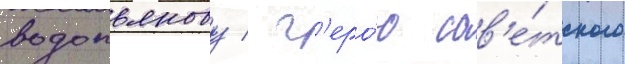
водопьянову / г'еро́ю сов'е́тского